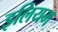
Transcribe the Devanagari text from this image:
इलियम